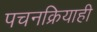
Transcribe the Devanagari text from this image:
पचनक्रियाही